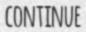
CONTINUE